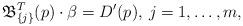
LaTeX: \begin{align*}\mathfrak{B}_{\{j\}}^{T}(p)\cdot\beta=D'(p),\: j=1,\dots,m,\end{align*}